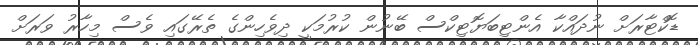
ޑޮކްޓާރަށް ނުދައްކާ އެންޓިބަޔޮޓިކްސް ބޭނުން ކުރުމަކީ ދިވެހިންގެ ތެރޭގައި ވެސް މިހާރު ވަރަށް